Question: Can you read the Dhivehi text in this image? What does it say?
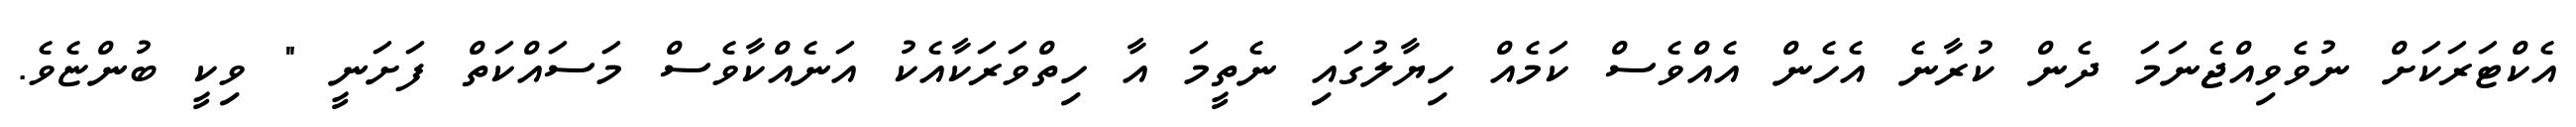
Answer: އެކްޓަރަކަށް ނުވެވިއްޖެނަމަ ދެން ކުރާނެ އެހެން އެއްވެސް ކަމެއް ހިޔާލުގައި ނެތީމަ އާ ހިތްވަރަކާއެކު އަނެއްކާވެސް މަސައްކަތް ފަށަނީ " ވިކީ ބުންޏެވެ.